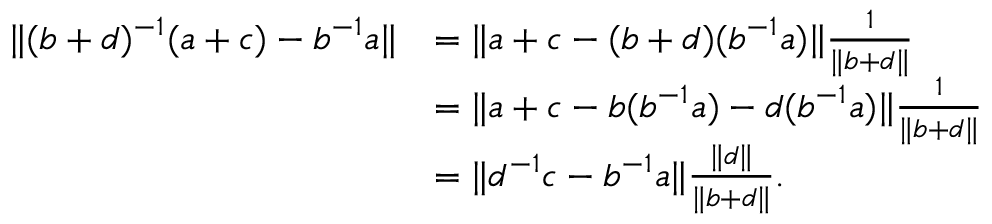
\begin{array} { r l } { \| ( b + d ) ^ { - 1 } ( a + c ) - b ^ { - 1 } a \| } & { = \| a + c - ( b + d ) ( b ^ { - 1 } a ) \| \frac { 1 } { \| b + d \| } } \\ & { = \| a + c - b ( b ^ { - 1 } a ) - d ( b ^ { - 1 } a ) \| \frac { 1 } { \| b + d \| } } \\ & { = \| d ^ { - 1 } c - b ^ { - 1 } a \| \frac { \| d \| } { \| b + d \| } . } \end{array}